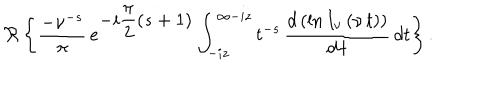
\Re \left\{ \frac { - \nu ^ { - s } } { \pi } \, e ^ { \displaystyle { - i \frac { \pi } { 2 } ( s + 1 ) } } \int _ { - i z } ^ { \infty - i z } t ^ { - s } \, \displaystyle { \frac { d \left( \ln { I _ { \nu } \left( \nu \, t \right) } \right) } { d \, t } } \, d t \right\} .